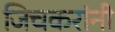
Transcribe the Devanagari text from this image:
जिचकरांनी